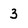
Character: 3